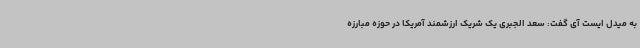
به میدل ایست آی گفت: سعد الجبری یک شریک ارزشمند آمریکا در حوزه مبارزه